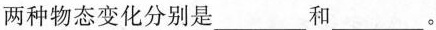
两种物态变化分别是___和___。